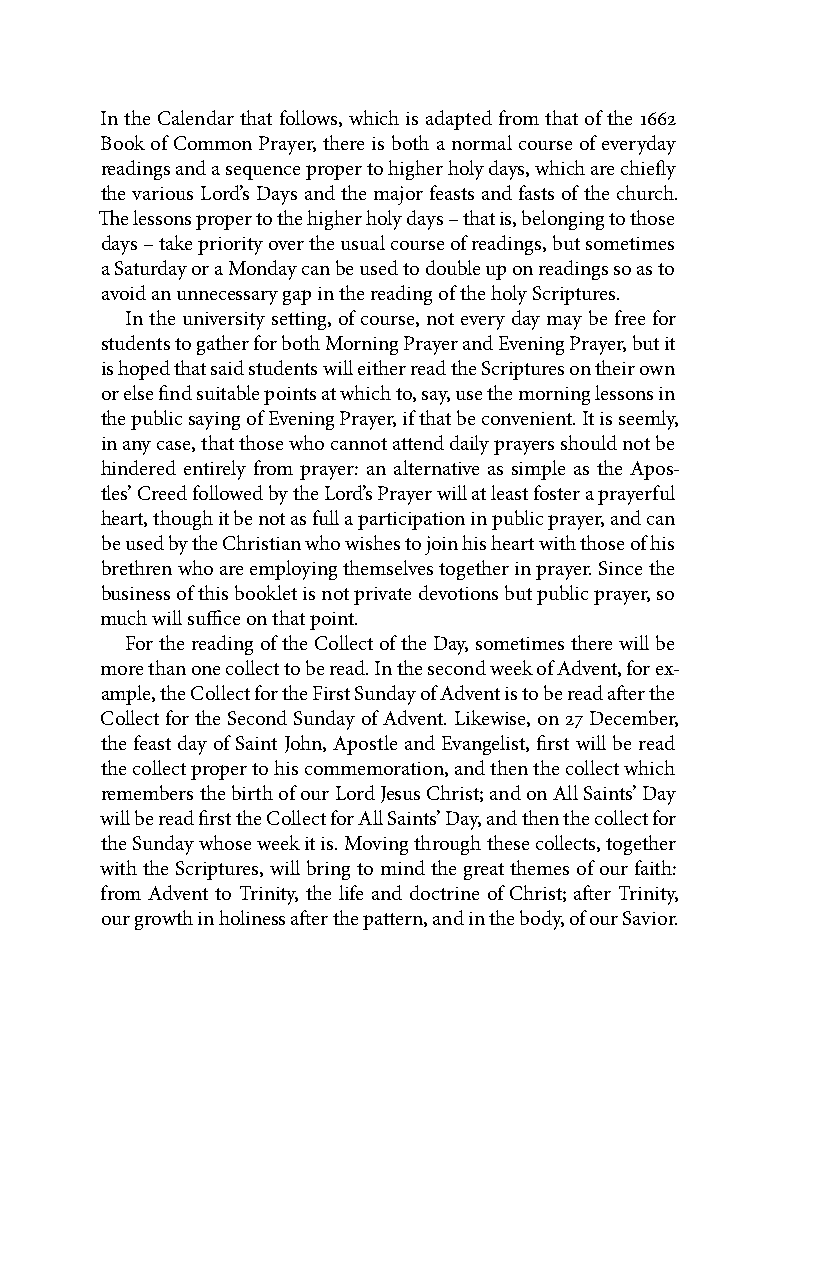
In the Calendar that follows, which is adapted from that of the 1662
 Book of Common Prayer, there is both a normal course of everyday
 readings and a sequence proper to higher holy days, which are chiefly
 the various Lord’s Days and the major feasts and fasts of the church.
 The lessons proper to the higher holy days – that is, belonging to those
 days – take priority over the usual course of readings, but sometimes
 a Saturday or a Monday can be used to double up on readings so as to
 avoid an unnecessary gap in the reading of the holy Scriptures.
 In the university setting, of course, not every day may be free for
 students to gather for both Morning Prayer and Evening Prayer, but it
 is hoped that said students will either read the Scriptures on their own
 or else find suitable points at which to, say, use the morning lessons in
 the public saying of Evening Prayer, if that be convenient. It is seemly,
 in any case, that those who cannot attend daily prayers should not be
 hindered entirely from prayer: an alternative as simple as the Apos-
 tles’ Creed followed by the Lord’s Prayer will at least foster a prayerful
 heart, though it be not as full a participation in public prayer, and can
 be used by the Christian who wishes to join his heart with those of his
 brethren who are employing themselves together in prayer. Since the
 business of this booklet is not private devotions but public prayer, so
 much will suffice on that point.
 For the reading of the Collect of the Day, sometimes there will be
 more than one collect to be read. In the second week of Advent, for ex-
 ample, the Collect for the First Sunday of Advent is to be read after the
 Collect for the Second Sunday of Advent. Likewise, on 27 December,
 the feast day of Saint John, Apostle and Evangelist, first will be read
 the collect proper to his commemoration, and then the collect which
 remembers the birth of our Lord Jesus Christ; and on All Saints’ Day
 will be read first the Collect for All Saints’ Day, and then the collect for
 the Sunday whose week it is. Moving through these collects, together
 with the Scriptures, will bring to mind the great themes of our faith:
 from Advent to Trinity, the life and doctrine of Christ; after Trinity,
 our growth in holiness after the pattern, and in the body, of our Savior.